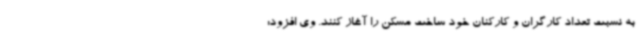
به نسبت تعداد کارگران و کارکنان خود ساخت مسکن را آغاز کنند. وی افزود: